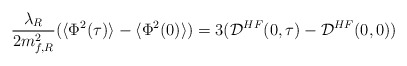
\begin{align*}\frac{\lambda_R}{2m_{f,R}^2}(\langle\Phi^2(\tau)\rangle -\langle\Phi^2(0)\rangle)=3({\cal{D}}^{HF}(0,\tau)- {\cal{D}}^{HF}(0,0))\end{align*}